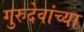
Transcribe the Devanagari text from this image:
गुरुदेवांच्या